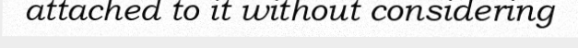
attached to it without considering